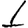
Digit: 1